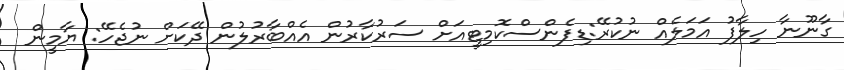
ގާނޫނާ ހިލާފު އަމަލެއް ނުކުރޭ:ޑިފެންސްކޮމިޓީއަށް ސަރުކާރުން އެއްބާރުލުން ދޭކަށް ނުޖެހޭ: ޔާމީން